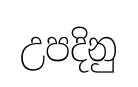
උපදිනු